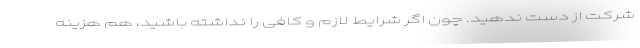
شرکت از دست ندهید. چون اگر شرایط لازم و کافی را نداشته باشید، هم هزینه